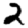
Digit: 2